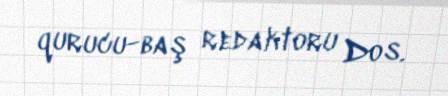
qurucu-baş redaktoru Dos.